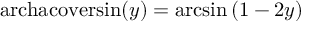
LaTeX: \operatorname { a r c h a c o v e r s i n } ( y ) = \arcsin \left( 1 - 2 y \right)